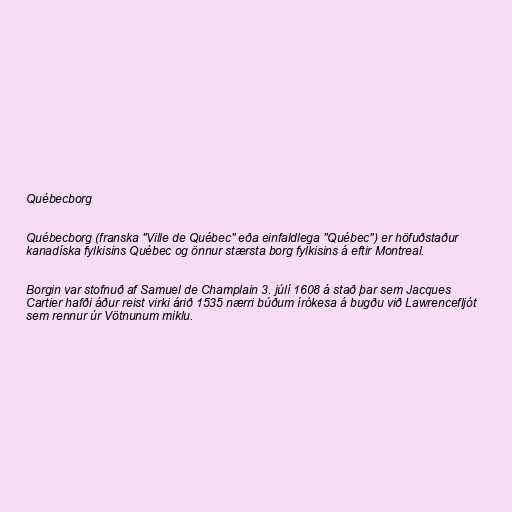
Québecborg

Québecborg (franska "Ville de Québec" eða einfaldlega "Québec") er höfuðstaður
kanadíska fylkisins Québec og önnur stærsta borg fylkisins á eftir Montreal.

Borgin var stofnuð af Samuel de Champlain 3. júlí 1608 á stað þar sem Jacques
Cartier hafði áður reist virki árið 1535 nærri búðum írókesa á bugðu við Lawrencefljót
sem rennur úr Vötnunum miklu.